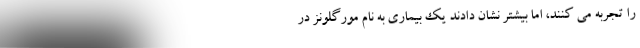
را تجربه می کنند، اما بیشتر نشان دادند یک بیماری به نام مورگلونز در